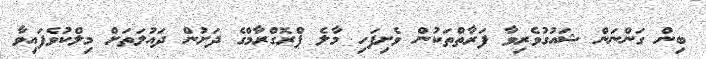
ބިން ގަންނަން ޝައުގުވެރިވާ ފަރާތްތަކުން ވެށިފަހި މާލެ ޕްރޮގްރާމްގެ ދަށުން ދައުލަތަށް މިލްކުވެފައިވާ